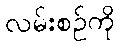
လမ်းစဉ်ကို